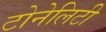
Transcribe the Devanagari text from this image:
टोनेलिटी